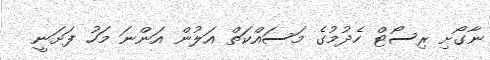
ނާގޯށި ރިސޯޓް ހެދުމުގެ މަސައްކަތް އަލުން އަންނަ މަހު ފަށަނީ